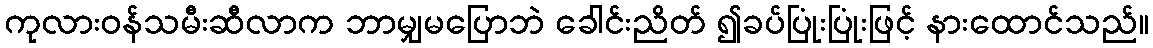
ကုလားဝန်သမီးဆီလာက ဘာမျှမပြောဘဲ ခေါင်းညိတ် ၍ခပ်ပြုံးပြုံးဖြင့် နားထောင်သည်။